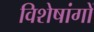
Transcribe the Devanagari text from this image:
विशेषांगों